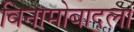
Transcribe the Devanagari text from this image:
विनामोबादला